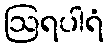
ဩရပါရံ